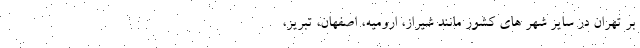
بر تهران در سایر شهر های کشور مانند شیراز، ارومیه، اصفهان، تبریز،